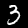
Digit: 3